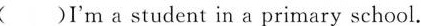
( )I'm a student in a primary school.